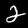
Digit: 2